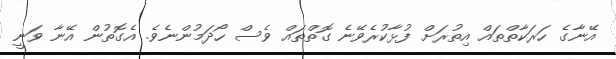
އޭނާގެ ހަރަކާތްތައް އިތުރަށް ފުޅާކުރެވޭނެ ގޮތްތައް ވެސް ހޯދަމުންނެވެ. އެގޮތުން އޭނާ ވަނީ